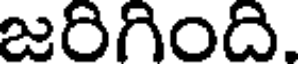
జరిగింది.